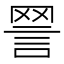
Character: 𧧧